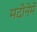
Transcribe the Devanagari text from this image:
मदीनेमें